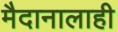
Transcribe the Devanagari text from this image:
मैदानालाही